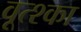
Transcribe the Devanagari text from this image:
वूत्श्का